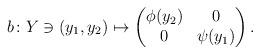
LaTeX: \begin{align*} b\colon Y\ni (y_1,y_2)\mapsto \begin{pmatrix} \phi(y_2) & 0 \\ 0 & \psi(y_1) \end{pmatrix}. \end{align*}